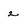
Character: 2